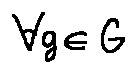
\forall g \in G